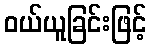
ဝယ်ယူခြင်းဖြင့်